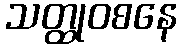
သတ္ထုဝစနေ